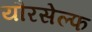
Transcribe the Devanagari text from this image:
यौरसेल्फ